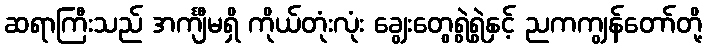
ဆရာကြီးသည် အင်္ကျီမရှိ ကိုယ်တုံးလုံး ချွေးတွေရွဲရွဲနှင့် ညကကျွန်တော်တို့